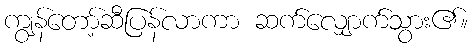
ကျွန်တော့်ဆီပြန်လာကာ ဆက်လျှောက်သွား၏။